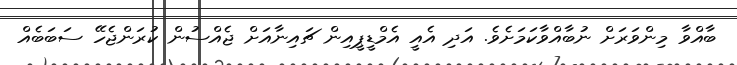
ބާއްވާ މިންވަރަށް ނުބާއްވާކަމަށެވެ. އަދި އެއީ އެމްޑީޕީއިން ޗައިނާއަށް ޖެއްސުން ކުރަންޖެހޭ ސަބަބެއް